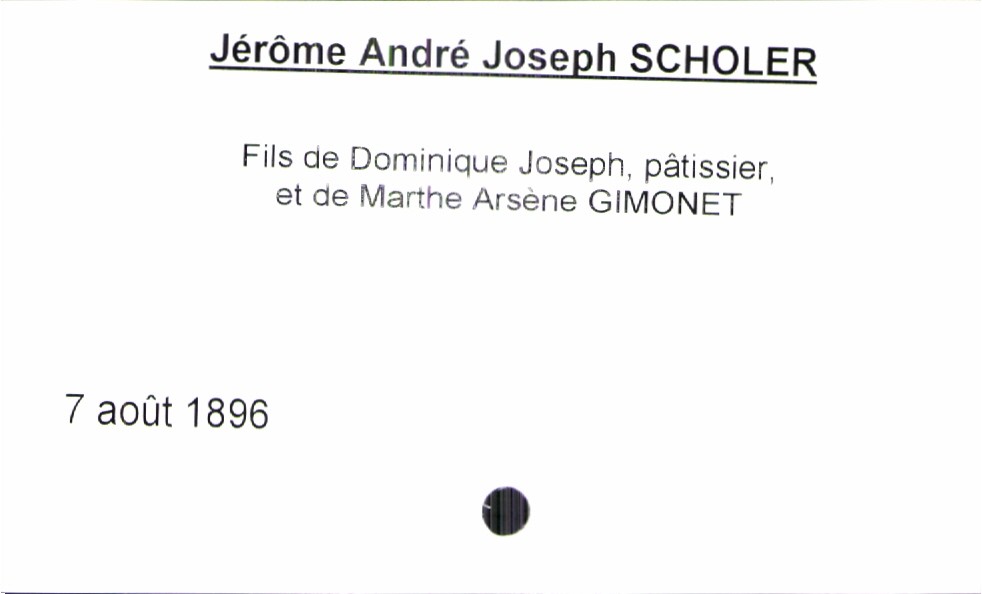
type_acte: Baptême
année: 1896
mois: août
jour: 7
filiation: fils
enfant_prénom: Jérôme André Joseph
enfant_date_de_naissance: 7 août 1896
père_enfant_nom: Scholer
père_enfant_prénom: Dominique Joseph
père_enfant_profession: pâtissier
mère_enfant_nom: Gimonet
mère_enfant_prénom: Marthe Arsène